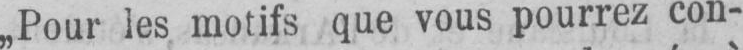
„Pour les motifs que vous pourrez con-